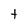
Character: t